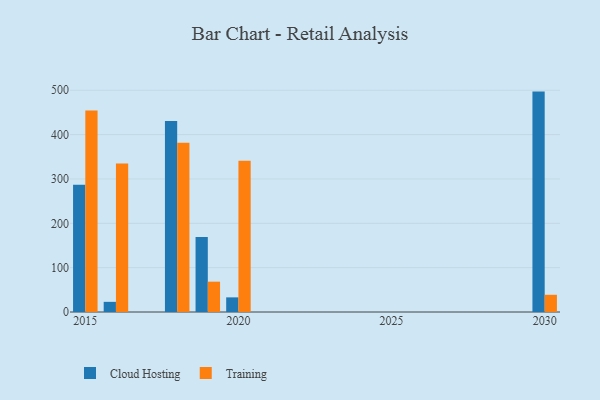
{"axis": {"x": "Year", "y": "Shipments"}, "legend": ["Cloud Hosting", "Training"], "data": [{"x": "2019", "y": 169.2, "type": "Cloud Hosting"}, {"x": "2019", "y": 68.4, "type": "Training"}, {"x": "2020", "y": 33.0, "type": "Cloud Hosting"}, {"x": "2020", "y": 341.2, "type": "Training"}, {"x": "2016", "y": 22.9, "type": "Cloud Hosting"}, {"x": "2016", "y": 334.7, "type": "Training"}, {"x": "2015", "y": 287.0, "type": "Cloud Hosting"}, {"x": "2015", "y": 454.1, "type": "Training"}, {"x": "2018", "y": 430.6, "type": "Cloud Hosting"}, {"x": "2018", "y": 381.4, "type": "Training"}, {"x": "2030", "y": 497.0, "type": "Cloud Hosting"}, {"x": "2030", "y": 38.8, "type": "Training"}]}